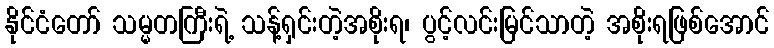
နိုင်ငံတော် သမ္မတကြီးရဲ့ သန့်ရှင်းတဲ့အစိုးရ၊ ပွင့်လင်းမြင်သာတဲ့ အစိုးရဖြစ်အောင်